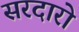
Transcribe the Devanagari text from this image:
सरदारो